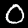
Digit: 0